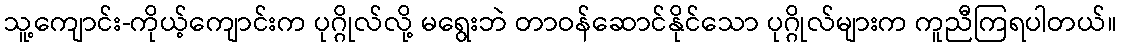
သူ့ကျောင်း-ကိုယ့်ကျောင်းက ပုဂ္ဂိုလ်လို့ မရွေးဘဲ တာဝန်ဆောင်နိုင်သော ပုဂ္ဂိုလ်များက ကူညီကြရပါတယ်။